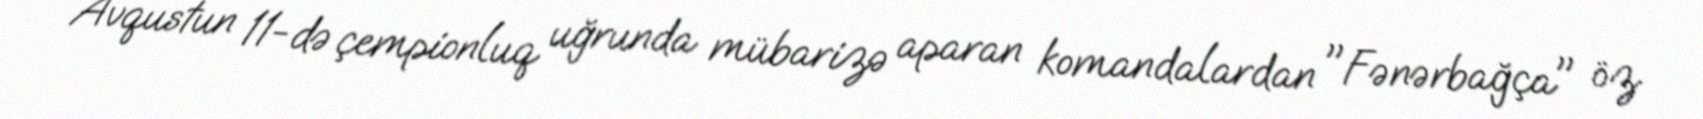
Avqustun 11-də çempionluq uğrunda mübarizə aparan komandalardan "Fənərbağça" öz